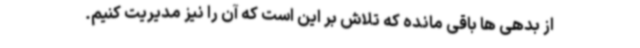
از بدهی ها باقی مانده که تلاش بر این است که آن را نیز مدیریت کنیم.